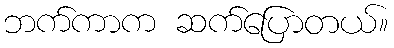
ဘက်ကာက ဆက်ပြောတယ်။